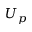
U _ { p }